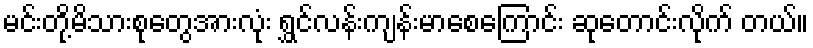
မင်းတို့မိသားစုတွေအားလုံး ရွှင်လန်းကျန်းမာစေကြောင်း ဆုတောင်းလိုက် တယ်။